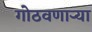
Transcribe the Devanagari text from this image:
गोठवणार्‍या